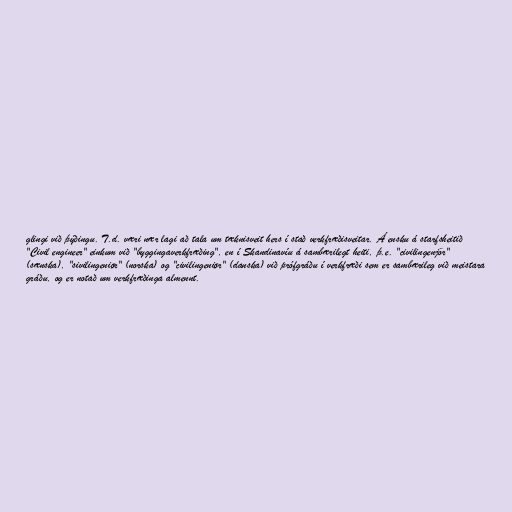
glingi við þýðingu. T.d. væri nær lagi að tala um tæknisveit hers í stað verkfræðisveitar. Á ensku á starfsheitið
"Civil engineer" einkum við "byggingaverkfræðing", en í Skandinavíu á sambærilegt heiti, þ.e. "civilingenjör"
(sænska), "sivilingeniør" (norska) og "civilingeniør" (danska) við prófgráðu í verkfræði sem er sambærileg við meistara
gráðu, og er notað um verkfræðinga almennt.